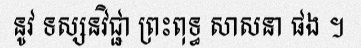
នូវ ទស្សនវិជ្ជា ព្រះពុទ្ធ សាសនា ផង ។